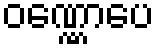
ဝဏ္ဏောပေ